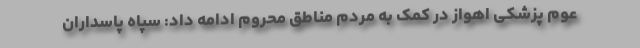
عوم پزشکی اهواز در کمک به مردم مناطق محروم ادامه داد: سپاه پاسداران